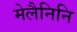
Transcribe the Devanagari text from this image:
मेलैनिनि